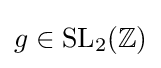
g\in \mathrm {SL} _{2}(\mathbb {Z} )